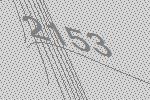
2153